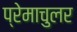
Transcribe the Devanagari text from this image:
प्रेमाचुलर